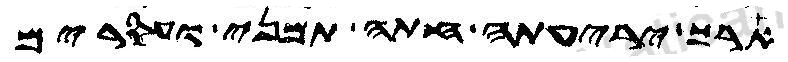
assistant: ארך יריעתה חתה תמני ועסרים